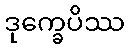
ဒုက္ခေပိဿ